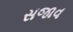
સજાવ